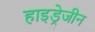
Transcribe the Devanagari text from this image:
हाइड्रेजीन